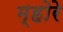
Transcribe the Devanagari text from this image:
म्होरे